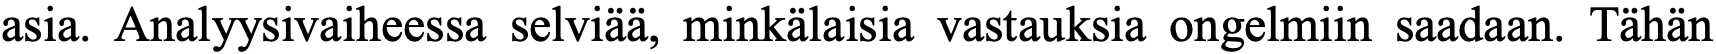
asia. Analyysivaiheessa selviää, minkälaisia vastauksia ongelmiin saadaan. Tähän